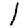
Digit: 1